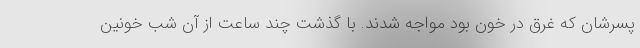
پسرشان که غرق در خون بود مواجه شدند. با گذشت چند ساعت از آن شب خونین